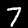
Digit: 7